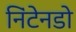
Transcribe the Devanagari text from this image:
निंटेनडो